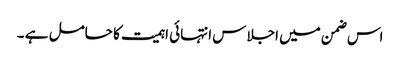
اس ضمن میں اجلاس انتہائی اہمیت کا حامل ہے ۔